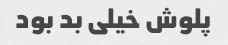
پلوش خیلی بد بود